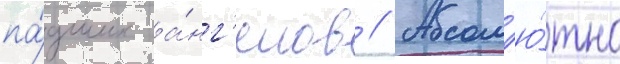
па́дших а́нг'елов // Абсол'ю́тно